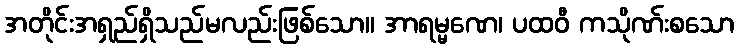
အတိုင်းအရှည်ရှိသည်မလည်းဖြစ်သော။ အာရမ္မဏေ၊ ပထဝီ ကသိုဏ်းစသော